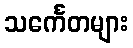
သင်္ကေတများ